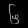
Digit: ၆